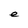
Character: e